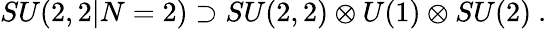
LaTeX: SU(2,2|N=2)\supset SU(2,2)\otimes U(1)\otimes SU(2)\ .